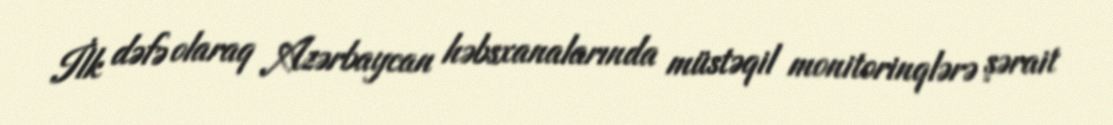
İlk dəfə olaraq Azərbaycan həbsxanalarında müstəqil monitorinqlərə şərait